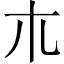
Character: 𣎳